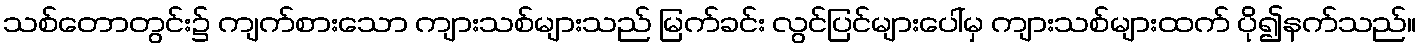
သစ်တောတွင်း၌ ကျက်စားသော ကျားသစ်များသည် မြက်ခင်း လွင်ပြင်များပေါ်မှ ကျားသစ်များထက် ပို၍နက်သည်။